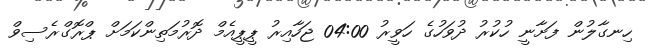
ހިނގާލުން ފަށާނީ ހުކުރު ދުވަހުގެ ހަވީރު 04:00 ޖަހާއިރު ޕީޕީއެމް ދޮރުމަތިންކަމަށް ޕްރޮގްރެސިވް